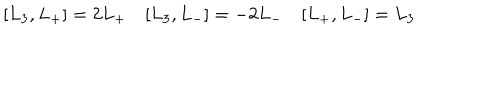
[ L _ { 3 } , L _ { + } ] = 2 L _ { + } \quad [ L _ { 3 } , L _ { - } ] = - 2 L _ { - } \quad [ L _ { + } , L _ { - } ] = L _ { 3 }